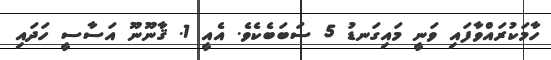
ހާމަކުރައްވާފައި ވަނީ މައިގަނޑު 5 ސަބަބެކެވެ. އެއީ 1. ޤާނޫނޫ އަސާސީ ހަދައި